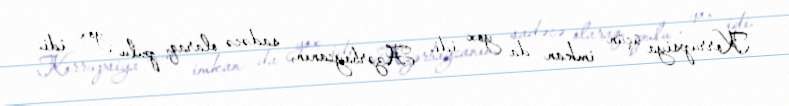
Korrupsiya üçün imkan da yox idi. Azərbaycanın, sadəcə olaraq, pulu yox idi.